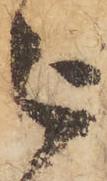
被